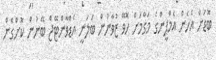
ބޮޑަށް އެހެން އެމްޕީންގެ މަގާމަށް ހޮވޭ ޒުވާނުން ބަލަނީ އެޑްވާންޓޭޖް ބޭނުން ކޮށްގެން